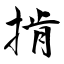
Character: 掯